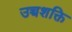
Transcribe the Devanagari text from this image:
उच्चशक्ति